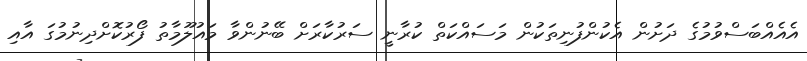
އެއެއްބަސްވުމުގެ ދަށުން އެކުންފުނިތަކުން މަސައްކަތް ކުރާނީ ސަރުކާރަށް ބޭނުންވާ މައުލޫމާތު ފޯރުކޮށްދިނުމުގަ އާއި